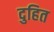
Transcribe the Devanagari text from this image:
दुहित